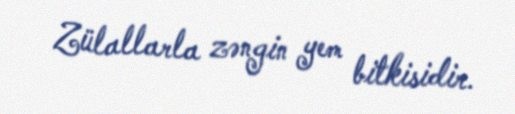
Zülallarla zəngin yem bitkisidir.